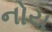
નોય